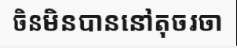
ចិនមិនបាននៅតុចរចា